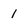
Character: 1